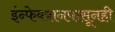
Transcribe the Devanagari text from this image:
इंन्फेक्शनपासूनही